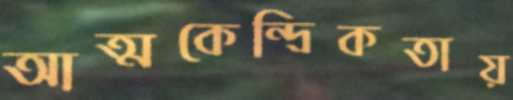
আত্মকেন্দ্রিকতায়